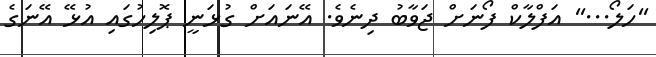
''ހަލޯ...'' އަފްލާކް ފޯނަށް ޖަވާބު ދިނެވެ. އޭނައަށް ގުޅަނީ ޕޮލިހުގައި އުޅޭ އޭނަގެ